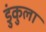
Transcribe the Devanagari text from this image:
डुंकुला